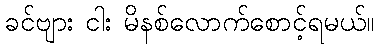
ခင်ဗျား ငါး မိနစ်လောက်စောင့်ရမယ်။